Civil Veterinary Dept. North-West Frontier Province 1901-22 - 1901-1922
Year: 1901
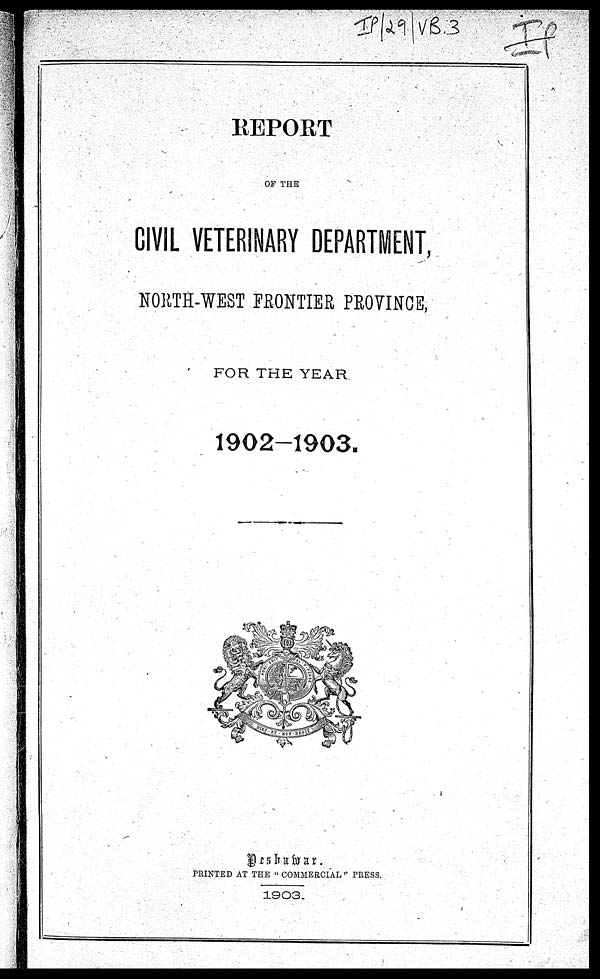
REPORT
OF THE
CIVIL VETERINARY DEPARTMENT,
NORTH-WEST FRONTIER PROVINCE,
FOR THE YEAR
1902-1903.
Peshawar.
PRINTED AT THE "COMMERCIAL" PRESS.
1903.